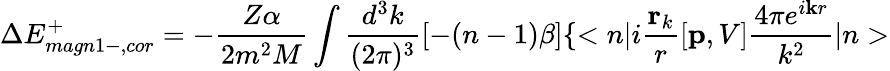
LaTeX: \Delta E_{magn1-,cor}^{+}=-\frac{Z\alpha}{2m^{2}M}\int\frac{d^{3}k}{(2\pi)^{3}}[-(n-1)\beta]\{ <{n}|i\frac{\mathbf r_{k}}{r}[{\mathbf p},V]\frac{4\pi e^{i{\mathbf kr}}}{k^{2}}|{n}>